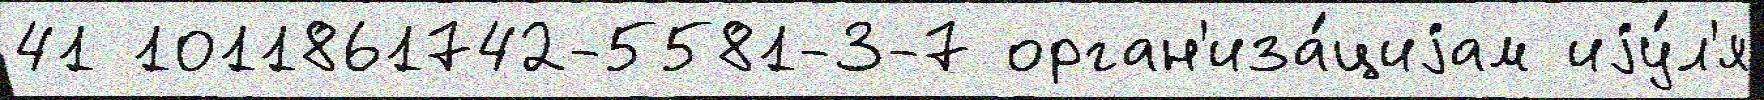
41 1011861742-5581-3-7 орган'иза́циjам иjу́л'я